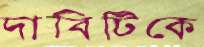
দাবিটিকে